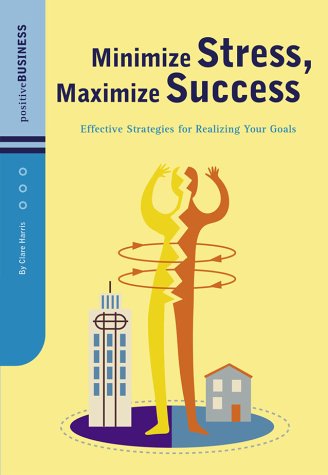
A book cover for Minimize Stress, Maximize Success: Effective Strategies for Realizing Your Goals (Positive Business); Clare Harris; Business & Money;